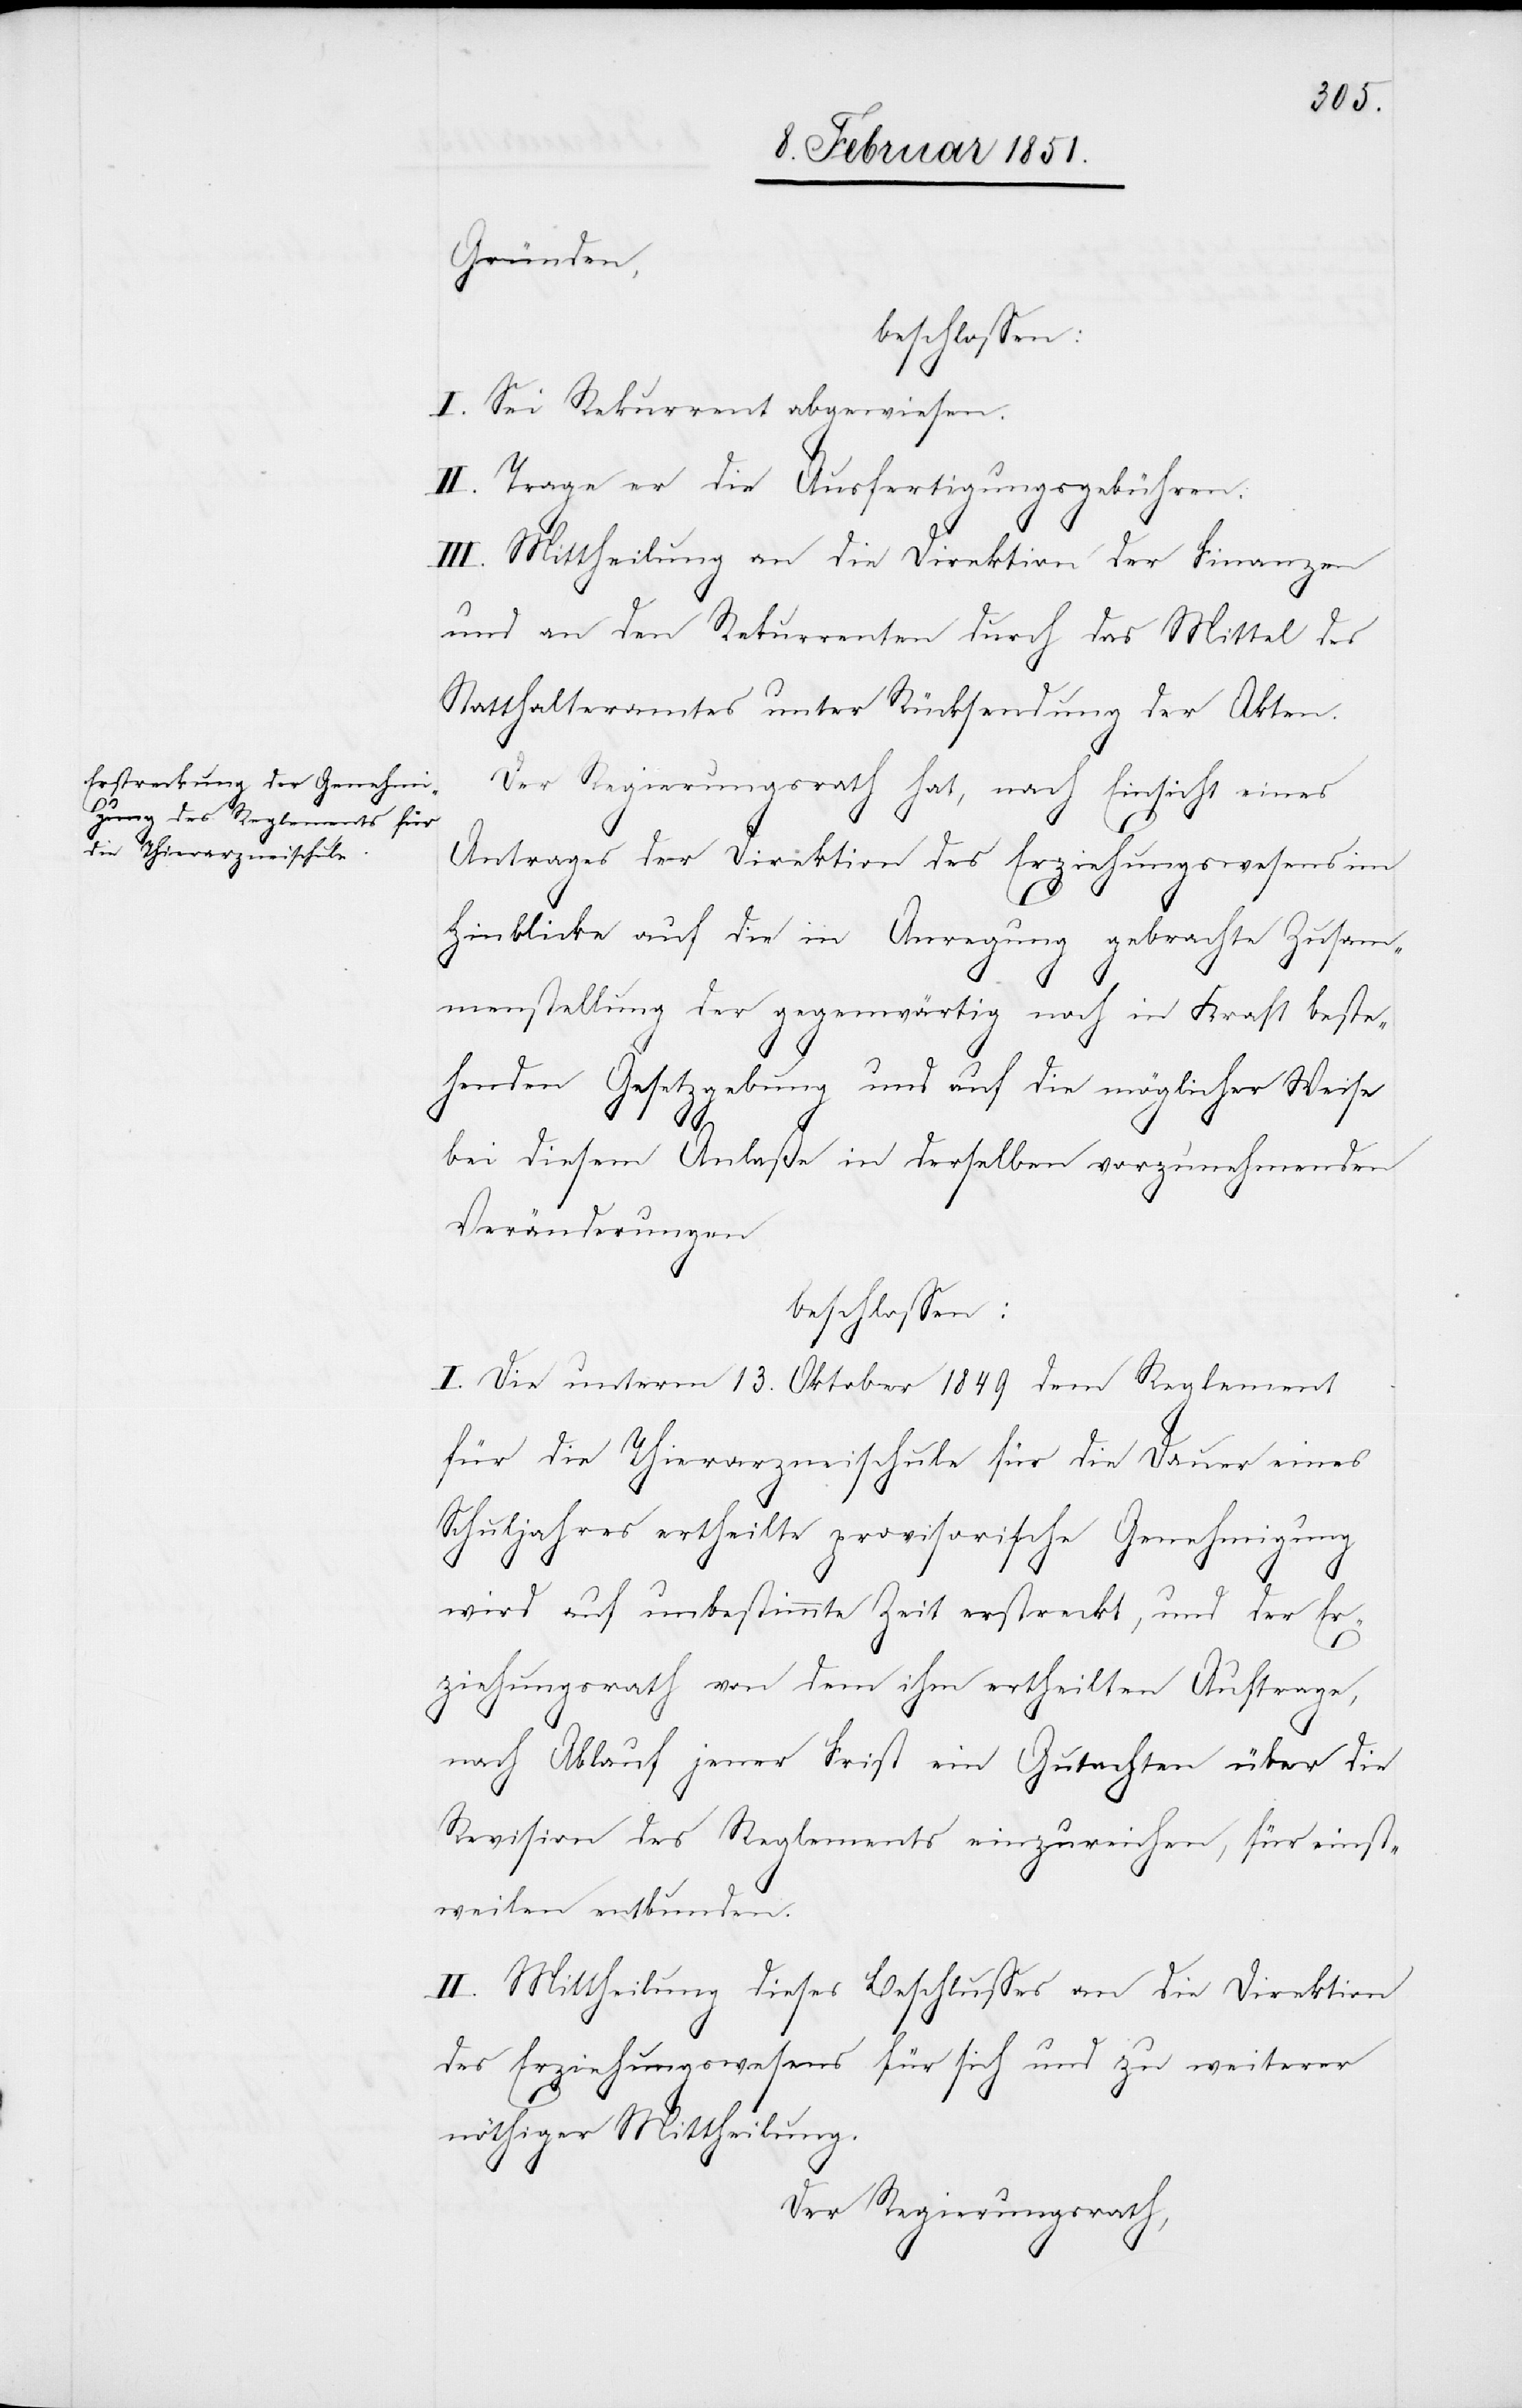
Gründen,
beschlossen:
I. Sei Rekurrent abgewiesen.
II. Trage er die Ausfertigungsgebühren.
III. Mittheilung an die Direktion der Finanzen
und an den Rekurrenten durch das Mittel des
Statthalteramtes unter Rücksendung der Akten.
Der Regierungsrath hat, nach Einsicht eines
Antrages der Direktion des Erziehungswesens im
Hinblicke auf die in Anregung gebrachte Zusam¬
menstellung der gegenwärtig noch in Kraft beste¬
henden Gesetzgebung und auf die möglicher Weise
bei diesem Anlaße in derselben vorzunehmenden
Veränderungen
beschlossen:
I. Die unterm 13. Oktober 1849 dem Reglement
für die Thierarzneischule für die Dauer eines
Schuljahres ertheilte provisorische Genehmigung
wird auf unbestimmte Zeit erstreckt, und der Er¬
ziehungsrath von dem ihm ertheilten Auftrage,
nach Ablauf jener Frist ein Gutachten über die
Revision des Reglements einzureichen, für einst¬
weilen entbunden.
II. Mittheilung dieses Beschlusses an die Direktion
des Erziehungswesens für sich und zu weiterer
nöthiger Mittheilung.
Der Regierungsrath,